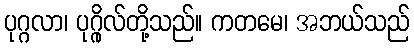
ပုဂ္ဂလာ၊ ပုဂ္ဂိုလ်တို့သည်။ ကတမေ၊ အဘယ်သည်